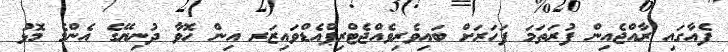
ފެއާގައި ރާއްޖެއިން ފުރަތަމަ ފަހަރަށް ބައިވެރިވެއްޖެޓްރިޕްއެޑްވައިޒަރ އިން ހޮވާ ދުނިޔޭގެ އެންމެ މޮޅު